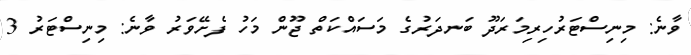
ވާނެ: މިނިސްޓަރުހިރިމަރަދޫ ބަނދަރުގެ މަސައްކަތް ޖޫން މަހު ފެށޭވަރު ވާނެ: މިނިސްޓަރު 3